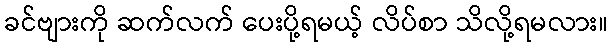
ခင်ဗျားကို ဆက်လက် ပေးပို့ရမယ့် လိပ်စာ သိလို့ရမလား။